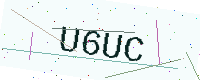
Text: U6UC